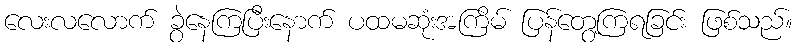
လေးလလောက် ခွဲနေကြပြီးနောက် ပထမဆုံးအကြိမ် ပြန်တွေ့ကြရခြင်း ဖြစ်သည်။